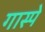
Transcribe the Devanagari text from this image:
गास्पे